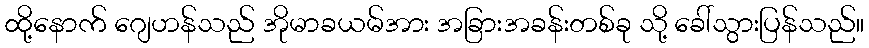
ထို့နောက် ဂျေဟန်သည် အိုမာခယမ်အား အခြားအခန်းတစ်ခု သို့ ခေါ်သွားပြန်သည်။